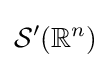
{\mathcal {S}}^{\prime }(\mathbb {R} ^{n})